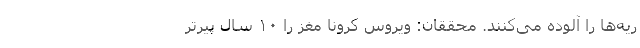
ریه‌ها را آلوده می‌کنند. محققان: ویروس کرونا مغز را ۱۰ سال پیرتر